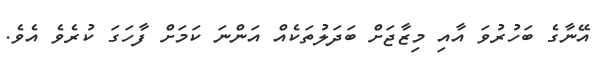
އޭނާގެ ބަހުރުވަ އާއި މިޒާޖަށް ބަދަލުތަކެއް އަންނަ ކަމަށް ފާހަގަ ކުރެވެ އެވެ.